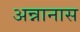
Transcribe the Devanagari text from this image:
अन्नानास